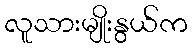
လူသားမျိုးနွယ်က